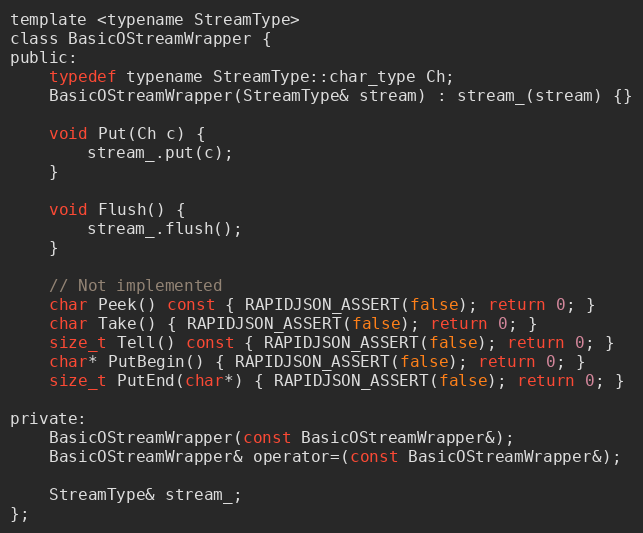
Language: C
template <typename StreamType>
class BasicOStreamWrapper {
public:
    typedef typename StreamType::char_type Ch;
    BasicOStreamWrapper(StreamType& stream) : stream_(stream) {}

    void Put(Ch c) {
        stream_.put(c);
    }

    void Flush() {
        stream_.flush();
    }

    // Not implemented
    char Peek() const { RAPIDJSON_ASSERT(false); return 0; }
    char Take() { RAPIDJSON_ASSERT(false); return 0; }
    size_t Tell() const { RAPIDJSON_ASSERT(false); return 0; }
    char* PutBegin() { RAPIDJSON_ASSERT(false); return 0; }
    size_t PutEnd(char*) { RAPIDJSON_ASSERT(false); return 0; }

private:
    BasicOStreamWrapper(const BasicOStreamWrapper&);
    BasicOStreamWrapper& operator=(const BasicOStreamWrapper&);

    StreamType& stream_;
};